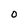
Character: 0